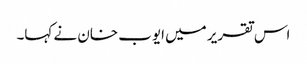
اس تقریر میں ایوب خان نے کہا۔